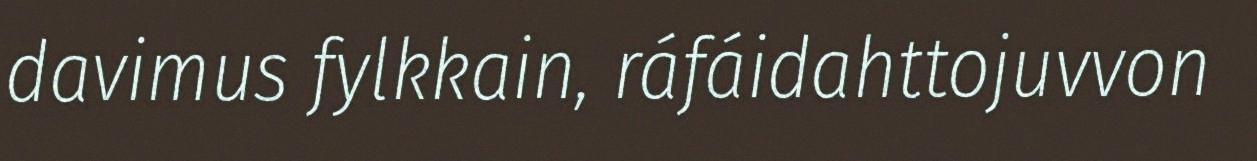
davimus fylkkain, ráfáidahttojuvvon